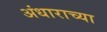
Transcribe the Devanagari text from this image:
अंधाराच्या